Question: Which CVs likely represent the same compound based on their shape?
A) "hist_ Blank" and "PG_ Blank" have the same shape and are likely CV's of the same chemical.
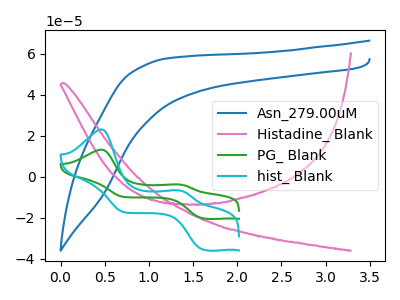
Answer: <think>The blue curve "Asn_279.00uM" has no peaks. The pink curve "Histadine_ Blank" has no peaks. The green curve "PG_ Blank" has anodic peaks at (0.45V, 13.15uA) (1.35V, -3.80uA) and cathodic peaks at (1.60V, -20.25uA) (0.70V, -9.80uA). The cyan curve "hist_ Blank" has anodic peaks at (0.45V, 23.00uA) (1.35V, -6.65uA) and cathodic peaks at (1.60V, -35.45uA) (0.70V, -17.15uA).
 Neither "Asn_279.00uM" or "Histadine_ Blank" have any peaks. "Asn_279.00uM" and "PG_ Blank" have a different number of peaks. "Asn_279.00uM" and "hist_ Blank" have a different number of peaks. "Histadine_ Blank" and "PG_ Blank" have a different number of peaks. "Histadine_ Blank" and "hist_ Blank" have a different number of peaks. All the peaks in "PG_ Blank" have a peak in "hist_ Blank" at the same potential.</think>
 <answer>A) "hist_ Blank" and "PG_ Blank" have the same shape and are likely CV's of the same chemical.</answer>
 <eval>A</eval>